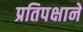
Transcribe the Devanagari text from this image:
प्रतिपक्षाने